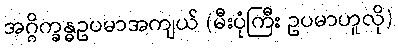
အဂ္ဂိက္ခန္ဓဥပမာအကျယ် (မီးပုံကြီး ဥပမာဟူလို)